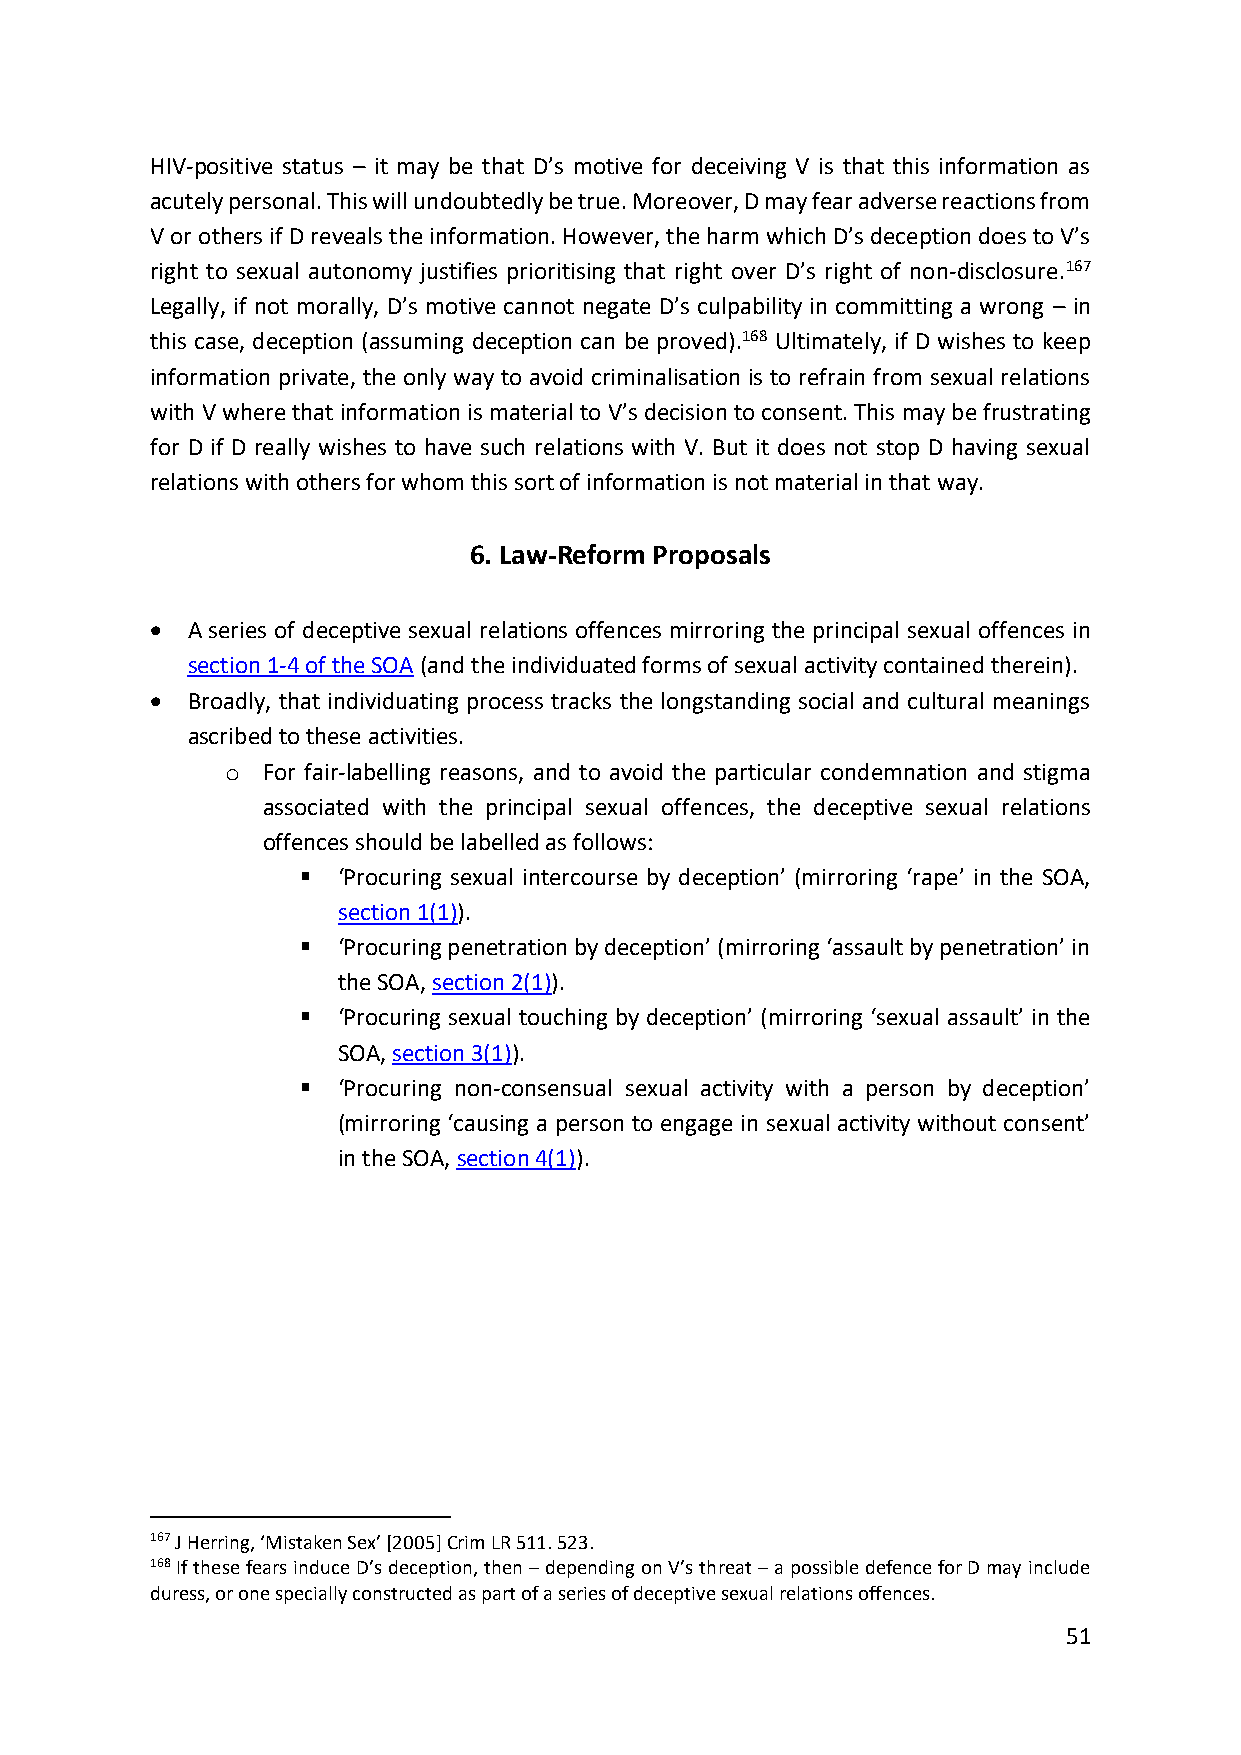
HIV-positive status – it may be that D’s motive for deceiving V is that this information as
 acutely personal. This will undoubtedly be true. Moreover, D may fear adverse reactions from
 V or others if D reveals the information. However, the harm which D’s deception does to V’s
 right to sexual autonomy justifies prioritising that right over D’s right of non-disclosure.167
 Legally, if not morally, D’s motive cannot negate D’s culpability in committing a wrong – in
 this case, deception (assuming deception can be proved).168 Ultimately, if D wishes to keep
 information private, the only way to avoid criminalisation is to refrain from sexual relations
 with V where that information is material to V’s decision to consent. This may be frustrating
 for D if D really wishes to have such relations with V. But it does not stop D having sexual
 relations with others for whom this sort of information is not material in that way.
 6. Law-Reform Proposals
 • A series of deceptive sexual relations offences mirroring the principal sexual offences in
 section 1-4 of the SOA (and the individuated forms of sexual activity contained therein).
 • Broadly, that individuating process tracks the longstanding social and cultural meanings
 ascribed to these activities.
 o For fair-labelling reasons, and to avoid the particular condemnation and stigma
 associated with the principal sexual offences, the deceptive sexual relations
 offences should be labelled as follows:
 ▪ ‘Procuring sexual intercourse by deception’ (mirroring ‘rape’ in the SOA,
 section 1(1)).
 ▪ ‘Procuring penetration by deception’ (mirroring ‘assault by penetration’ in
 the SOA, section 2(1)).
 ▪ ‘Procuring sexual touching by deception’ (mirroring ‘sexual assault’ in the
 SOA, section 3(1)).
 ▪ ‘Procuring non-consensual sexual activity with a person by deception’
 (mirroring ‘causing a person to engage in sexual activity without consent’
 in the SOA, section 4(1)).
 167 J Herring, ‘Mistaken Sex’ [2005] Crim LR 511. 523.
 168 If these fears induce D’s deception, then – depending on V’s threat – a possible defence for D may include
 duress, or one specially constructed as part of a series of deceptive sexual relations offences.
 51